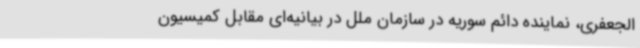
الجعفری، نماینده دائم سوریه در سازمان ملل در بیانیه‌ای مقابل کمیسیون